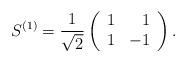
LaTeX: \begin{align*}S^{(1)} = \frac{1}{\sqrt 2} \left(\begin{array}{l r}1 & 1\\1 & -1\end{array}\right).\end{align*}